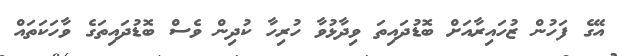
އޭގެ ފަހުން ޒުހައިރާއަށް ބޮޑުދައިތަ ވިދާޅުވާ ހުރިހާ ކުދިން ވެސް ބޮޑުދައިތަގެ ވާހަކަތައް